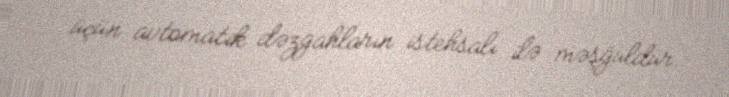
üçün avtomatik dəzgahların istehsalı ilə məşğuldur.